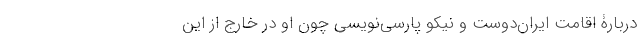
دربارۀ اقامت ایران‌دوست و نیکو پارسی‌نویسی چون او در خارج از این